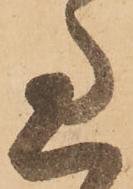
過